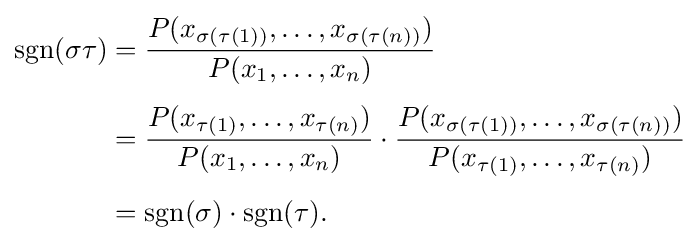
{\begin{aligned}\operatorname {sgn} (\sigma \tau )&={\frac {P(x_{\sigma (\tau (1))},\ldots ,x_{\sigma (\tau (n))})}{P(x_{1},\ldots ,x_{n})}}\\[4pt]&={\frac {P(x_{\tau (1)},\ldots ,x_{\tau (n)})}{P(x_{1},\ldots ,x_{n})}}\cdot {\frac {P(x_{\sigma (\tau (1))},\ldots ,x_{\sigma (\tau (n))})}{P(x_{\tau (1)},\ldots ,x_{\tau (n)})}}\\[4pt]&=\operatorname {sgn} (\sigma )\cdot \operatorname {sgn} (\tau ).\end{aligned}}